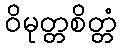
ဝိမုတ္တစိတ္တံ